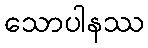
သောပါနဿ